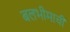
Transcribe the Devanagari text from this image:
बलभीमाची